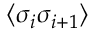
\langle \sigma _ { i } \sigma _ { i + 1 } \rangle